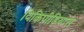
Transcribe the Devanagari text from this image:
विकिपीडियास